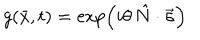
g ( \bar { x } , t ) = \exp \left( i \theta \, \hat { N } \cdot \vec { \sigma } \right)